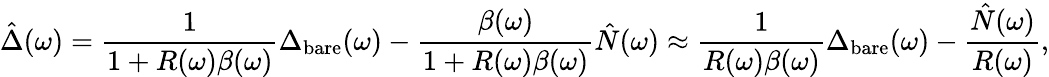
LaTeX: \hat{\Delta}(\omega)=\frac{1}{1+R(\omega)\beta(\omega)}\Delta_{\mathrm{bare}}(\omega)-\frac{\beta(\omega)}{1+R(\omega)\beta(\omega)}\hat{N}(\omega)\approx\frac{1}{R(\omega)\beta(\omega)}\Delta_{\mathrm{bare}}(\omega)-\frac{\hat{N}(\omega)}{R(\omega)},